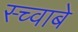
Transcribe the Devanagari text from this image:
स्च्वाबे